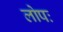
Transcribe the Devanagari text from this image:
लोपः